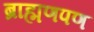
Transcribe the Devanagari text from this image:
ब्राह्मणपण